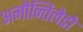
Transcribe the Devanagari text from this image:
अमौन्तिलेडो